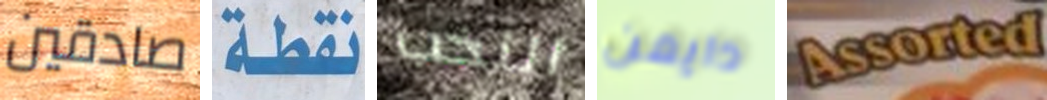
صادقين نقطة النخب دايمن Assorted